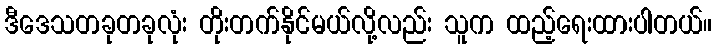
ဒီဒေသတခုတခုလုံး တိုးတက်နိုင်မယ်လို့လည်း သူက ထည့်ရေးထားပါတယ်။